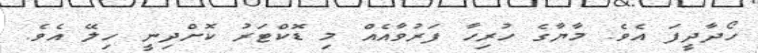
ހޯދާދީފަ އެވެ. މާޔާގެ ހުރިހާ ފަރުވާއެއް މި ޑޮކްޓަރު ކޮށްދިނީ ހިލޭ އެވެ.